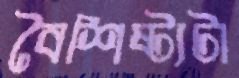
বৈশিষ্ট্যটা